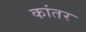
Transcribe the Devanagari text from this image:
कांतर